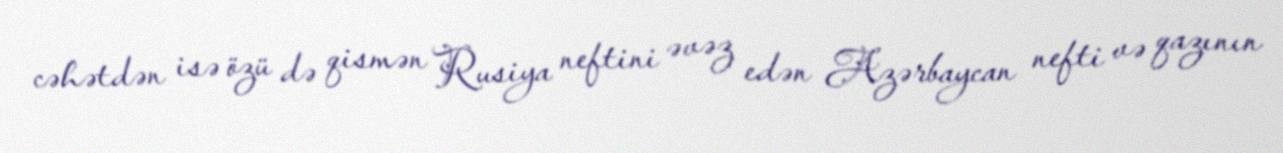
cəhətdən isə özü də qismən Rusiya neftini əvəz edən Azərbaycan nefti və qazının